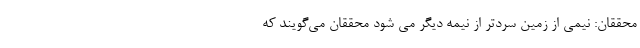
محققان: نیمی از زمین سردتر از نیمه‌ دیگر می‌ شود محققان می‌گویند که